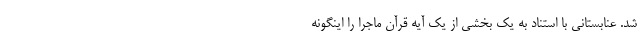
شد. عنابستانی با استناد به یک بخشی از یک آیه قرآن ماجرا را اینگونه